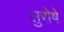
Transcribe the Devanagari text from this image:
सुरोषे